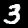
Digit: 3